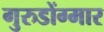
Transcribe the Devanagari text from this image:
गुरुडोंग्मार